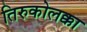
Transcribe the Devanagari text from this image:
तिरुकोलक्का